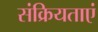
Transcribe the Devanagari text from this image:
संक्रियताएं